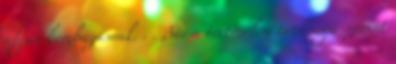
afgán bombázásnak. . . Bár a történelem tanúsága szerint